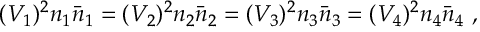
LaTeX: ( V _ { 1 } ) ^ { 2 } n _ { 1 } \bar { n } _ { 1 } = ( V _ { 2 } ) ^ { 2 } n _ { 2 } \bar { n } _ { 2 } = ( V _ { 3 } ) ^ { 2 } n _ { 3 } \bar { n } _ { 3 } = ( V _ { 4 } ) ^ { 2 } n _ { 4 } \bar { n } _ { 4 } \ ,